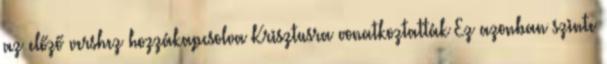
az előző vershez hozzákapcsolva Krisztusra vonatkoztatták Ez azonban szinte